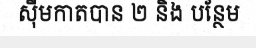
ស៊ីមកាតបាន ២ និង បន្ថែម